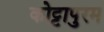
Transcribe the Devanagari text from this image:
कोट्टापुरम